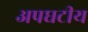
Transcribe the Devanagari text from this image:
अपघटीय